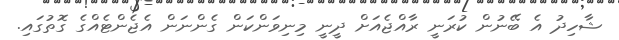
ޝާހިދު އެ ބޭނުން ކުރަނީ ރާއްޖެއަށް ދީނީ މިނިވަންކަން ގެންނަން އެޖެންޓެއްގެ ގޮތުގައި.